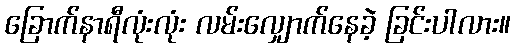
ခြောက်နာရီလုံးလုံး လမ်းလျှောက်နေခဲ့ ခြင်းပါလား။